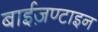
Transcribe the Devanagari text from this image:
बाईज़ण्टाइन